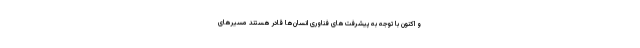
و اکنون با توجه به ‌پیشرفت‌های فناوری انسان‌ها قادر هستند مسیرهای